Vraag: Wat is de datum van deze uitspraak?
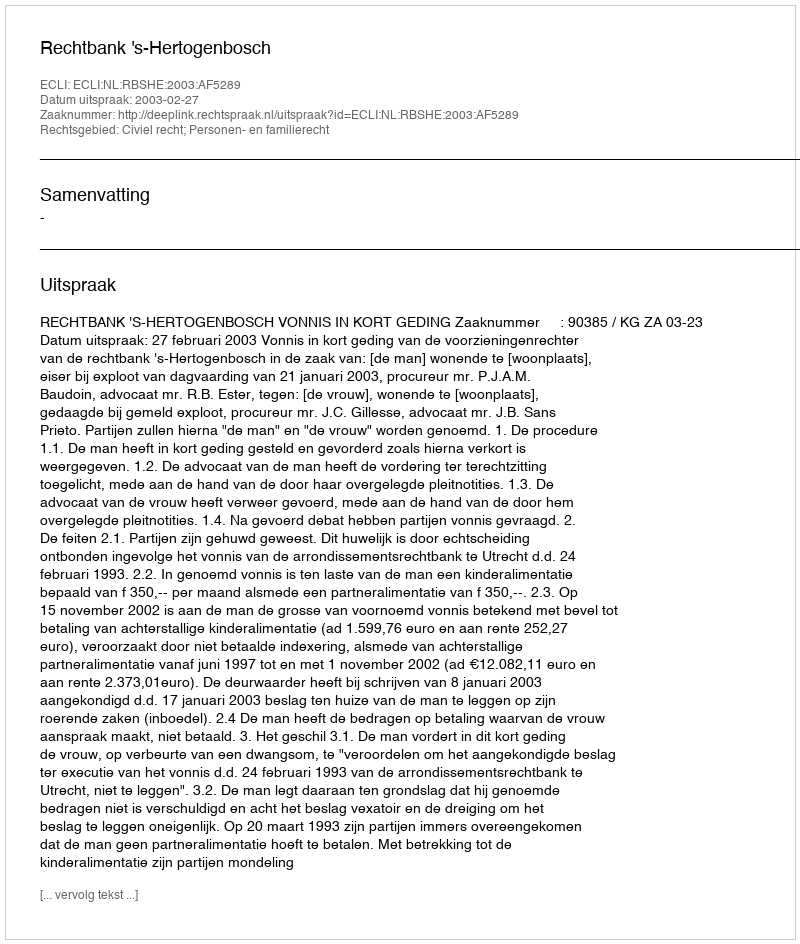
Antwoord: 2003-02-27